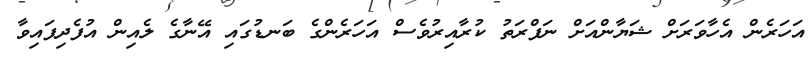
އަހަރެން އެހާވަރަށް ޝަޔާންއަށް ނަފްރަތު ކުރާއިރުވެސް އަހަރެންގެ ބަނޑުގައި އޭނާގެ ލެއިން އުފެދިފައިވާ